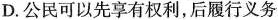
D.公民可以先享有权利，后履行义务